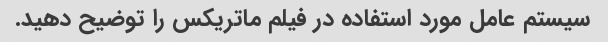
سیستم عامل مورد استفاده در فیلم ماتریکس را توضیح دهید.